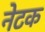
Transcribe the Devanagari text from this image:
नेटक